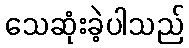
သေဆုံးခဲ့ပါသည်